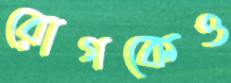
রোগকেও